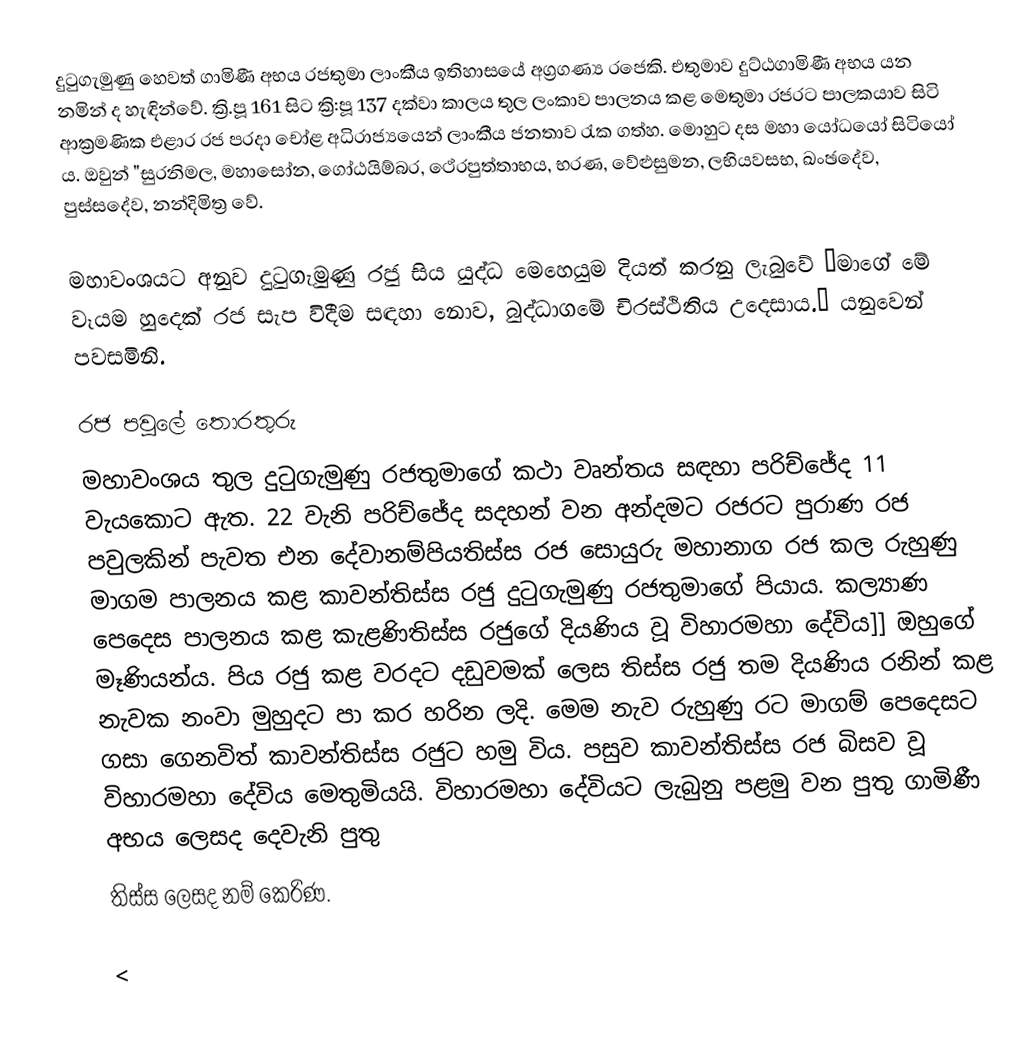
දුටුගැමුණු හෙවත් ගාමිණී අභය රජතුමා ලාංකීය ඉතිහාසයේ අග්‍රගණ්‍ය රජෙකි. එතුමාව දුට්ඨගාමිණී අභය යන නමින් ද හැඳින්වේ. ක්‍රි.පූ 161 සිට ක්‍රි:පූ 137 දක්වා කාලය තුල ලංකාව පාලනය කළ මෙතුමා රජරට පාලකයාව සිටි ආක්‍රමණික එළාර රජ පරදා චෝළ අධිරාජ්‍යයෙන් ලාංකීය ජනතාව රැක ගත්හ. මොහුට දස මහා යෝධයෝ සිටියෝ ය. ඔවුන් "සුරනිමල, මහාසෝන, ගෝඨයිම්බර, ථේරපුත්තාභය, භරණ, වේළුසුමන, ලභියවසභ, ඛංඡදේව, පුස්සදේව, නන්දිමිත්‍ර වේ.

මහාවංශයට අනුව දුටුගැමුණු රජු සිය යුද්ධ මෙහෙයුම දියත් කරනු ලැබුවේ “මාගේ මේ වෑයම හුදෙක් රජ සැප විදීම සඳහා නොව, බුද්ධාගමේ චිරස්ථිතිය උදෙසාය.” යනුවෙන් පවසමිනි.

රජ පවුලේ තොරතුරු
මහාවංශය තුල දුටුගැමුණු  රජතුමාගේ කථා වෘන්තය සඳහා පරිච්ජේද 11 වැයකොට ඇත. 22 වැනි පරිච්ජේද සදහන් වන අන්දමට රජරට පුරාණ රජ පවුලකින් පැවත එන දේවානම්පියතිස්ස රජ සොයුරු මහානාග රජ කල රුහුණු මාගම පාලනය කළ කාවන්තිස්ස රජු දුටුගැමුණු රජතුමාගේ පියාය. කල්‍යාණ පෙදෙස පාලනය කළ කැළණිතිස්ස රජු⁣ගේ දියණිය වූ විහාරමහා දේවිය]] ඔහු‍ගේ මෑණියන්ය. පිය රජු කළ වරදට දඩුවමක් ලෙස තිස්ස රජු තම දියණිය රනින් කළ නැවක නංවා මුහුදට පා කර හරින ලදි. මෙම නැව රුහුණු රට මාගම් පෙදෙසට ගසා ගෙනවිත් කාවන්තිස්ස රජුට හමු විය. පසුව කාවන්තිස්ස රජ බිසව වූ විහාරමහා දේවිය මෙතුමියයි. විහාරමහා දේවියට ලැබුනු පළමු වන පුතු ගාමිණී අභය ලෙසද දෙවැනි පුතු
තිස්ස ලෙසද නම් කෙරිණ.

<